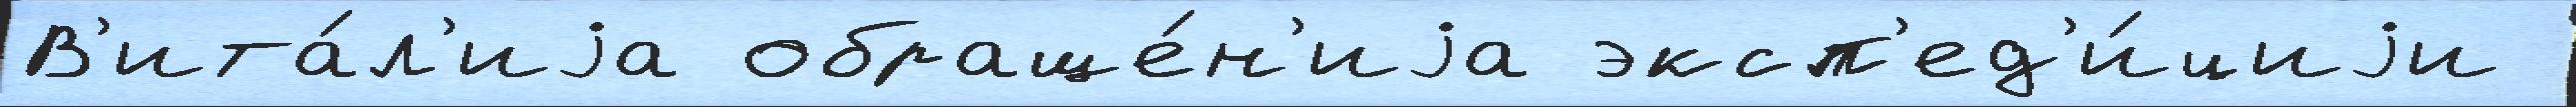
В'ита́л'иjа обраще́н'иjа эксп'ед'и́циjи